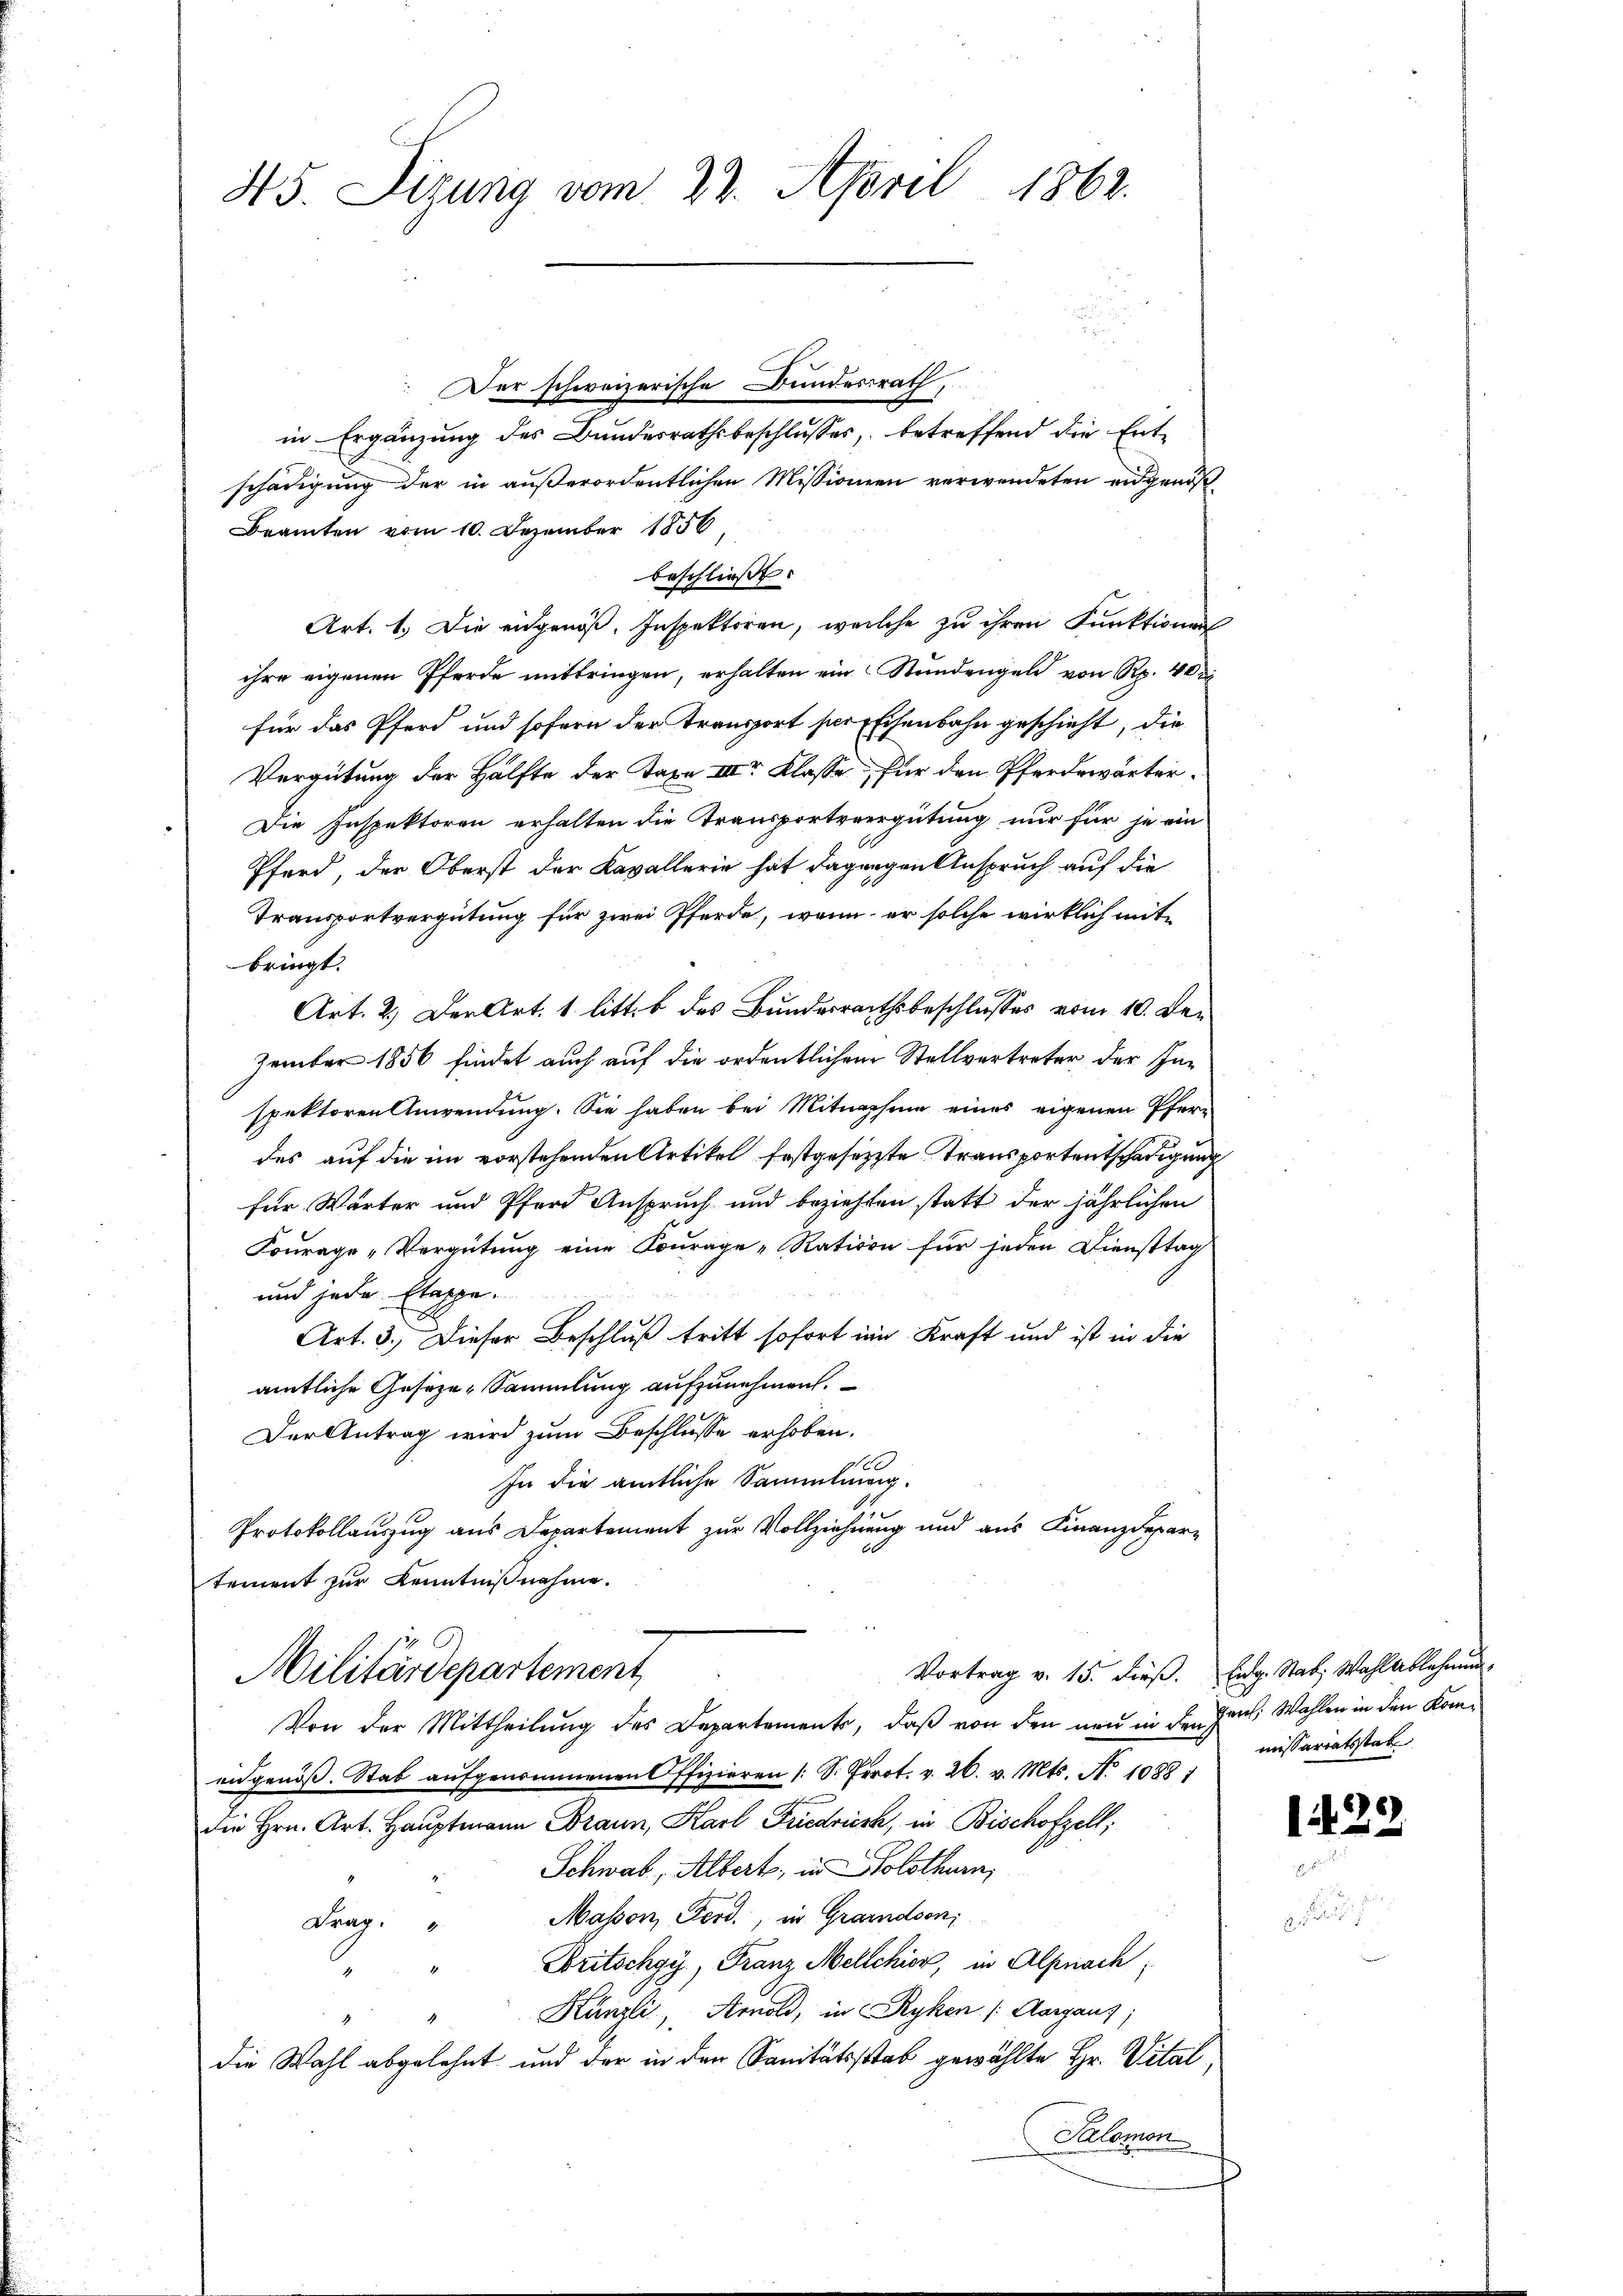
45. Sizung vom 22. April 1862.

Der schweizerische Bundesrath,

in Ergänzung des Bundesrathsbeschlusses, betreffend die Entschädigung der in außerordentlichen Missionien verwendeten eidgenöß¬
Beamten vom 10. Dezember 1856
beschließt:
Art. 1. Die eidgenoß. Inspektoren, welche zu ihren Funktionen
ihre eigenen Pferde mitbringen, erhalten ein Stundengeld von Rp. 40 d
für das Pferd und sofern der Transport ser Eisenbahn geschieht, die
Vergütung der Hälfte der Taxe III Klasse, für den Pferdewärter¬
Die Inspektoren erhalten die Transportvergütung nur für je ein
Pferd, der Oberst der Kavallerie hat dagegen Anspruch auf die
Transportvergütung für zwei Pferde, wenn er solche wirklich mitbringt.
Art. 2. Der Art. 1 litt. b des Bundesrathsbeschlusses vom 10. Dezember 1856 findet auch auf die ordentlichen Stellvertreter der Inspektoren Anwendung. Sie haben bei Mitnahme eines eigenen Pferdes auf die im vorstehenden Artikel festgesetzte Transportentschädigung
für Wärter und Pferd Anspruch und beziehten statt der jährlichen
Fourage „Vergütung eine Courage Ration für jeden Diensttag
und jede Etappe
Art. 3. Dieser Beschluß tritt sofort im Kraft und ist in die
amtliche Geseze-Sammlung aufzunehmen.
Der Antrag wird zum Beschlusse erhoben.
In die amtliche Sammlung.
e
Protokollauszug aus Departement zur Vollziehnung und aus Finanzdepartement zur Kenntnißnahme.
Vortrag v. 15. dieß. Eng. Stat. Wahlablehnung,
Militärdepartement
Von der Mittheilung des Departements, daß von den neu in den Haus. Wahlen in den Komengenöß. Stab aufgenommenen Offizieren (S. Prot. v. 26. v. Mts. No 1088 1
die Hrn. Art. Haŭptmann Braun, Karl Friedrich, in Bischofzell;
Schwab, Albert, in Solothurn,
Masson, Ferd., in Grandson,
Frag
Britschgy, Franz Mellchior, in Alpnach,
Künzli, Arnold, in Ryken (Aargaus,
1
die Wahl abgelehnt und der in den Sanitätsstab gewählte Hr. Vital
Salomon

missariatsstatt

1429